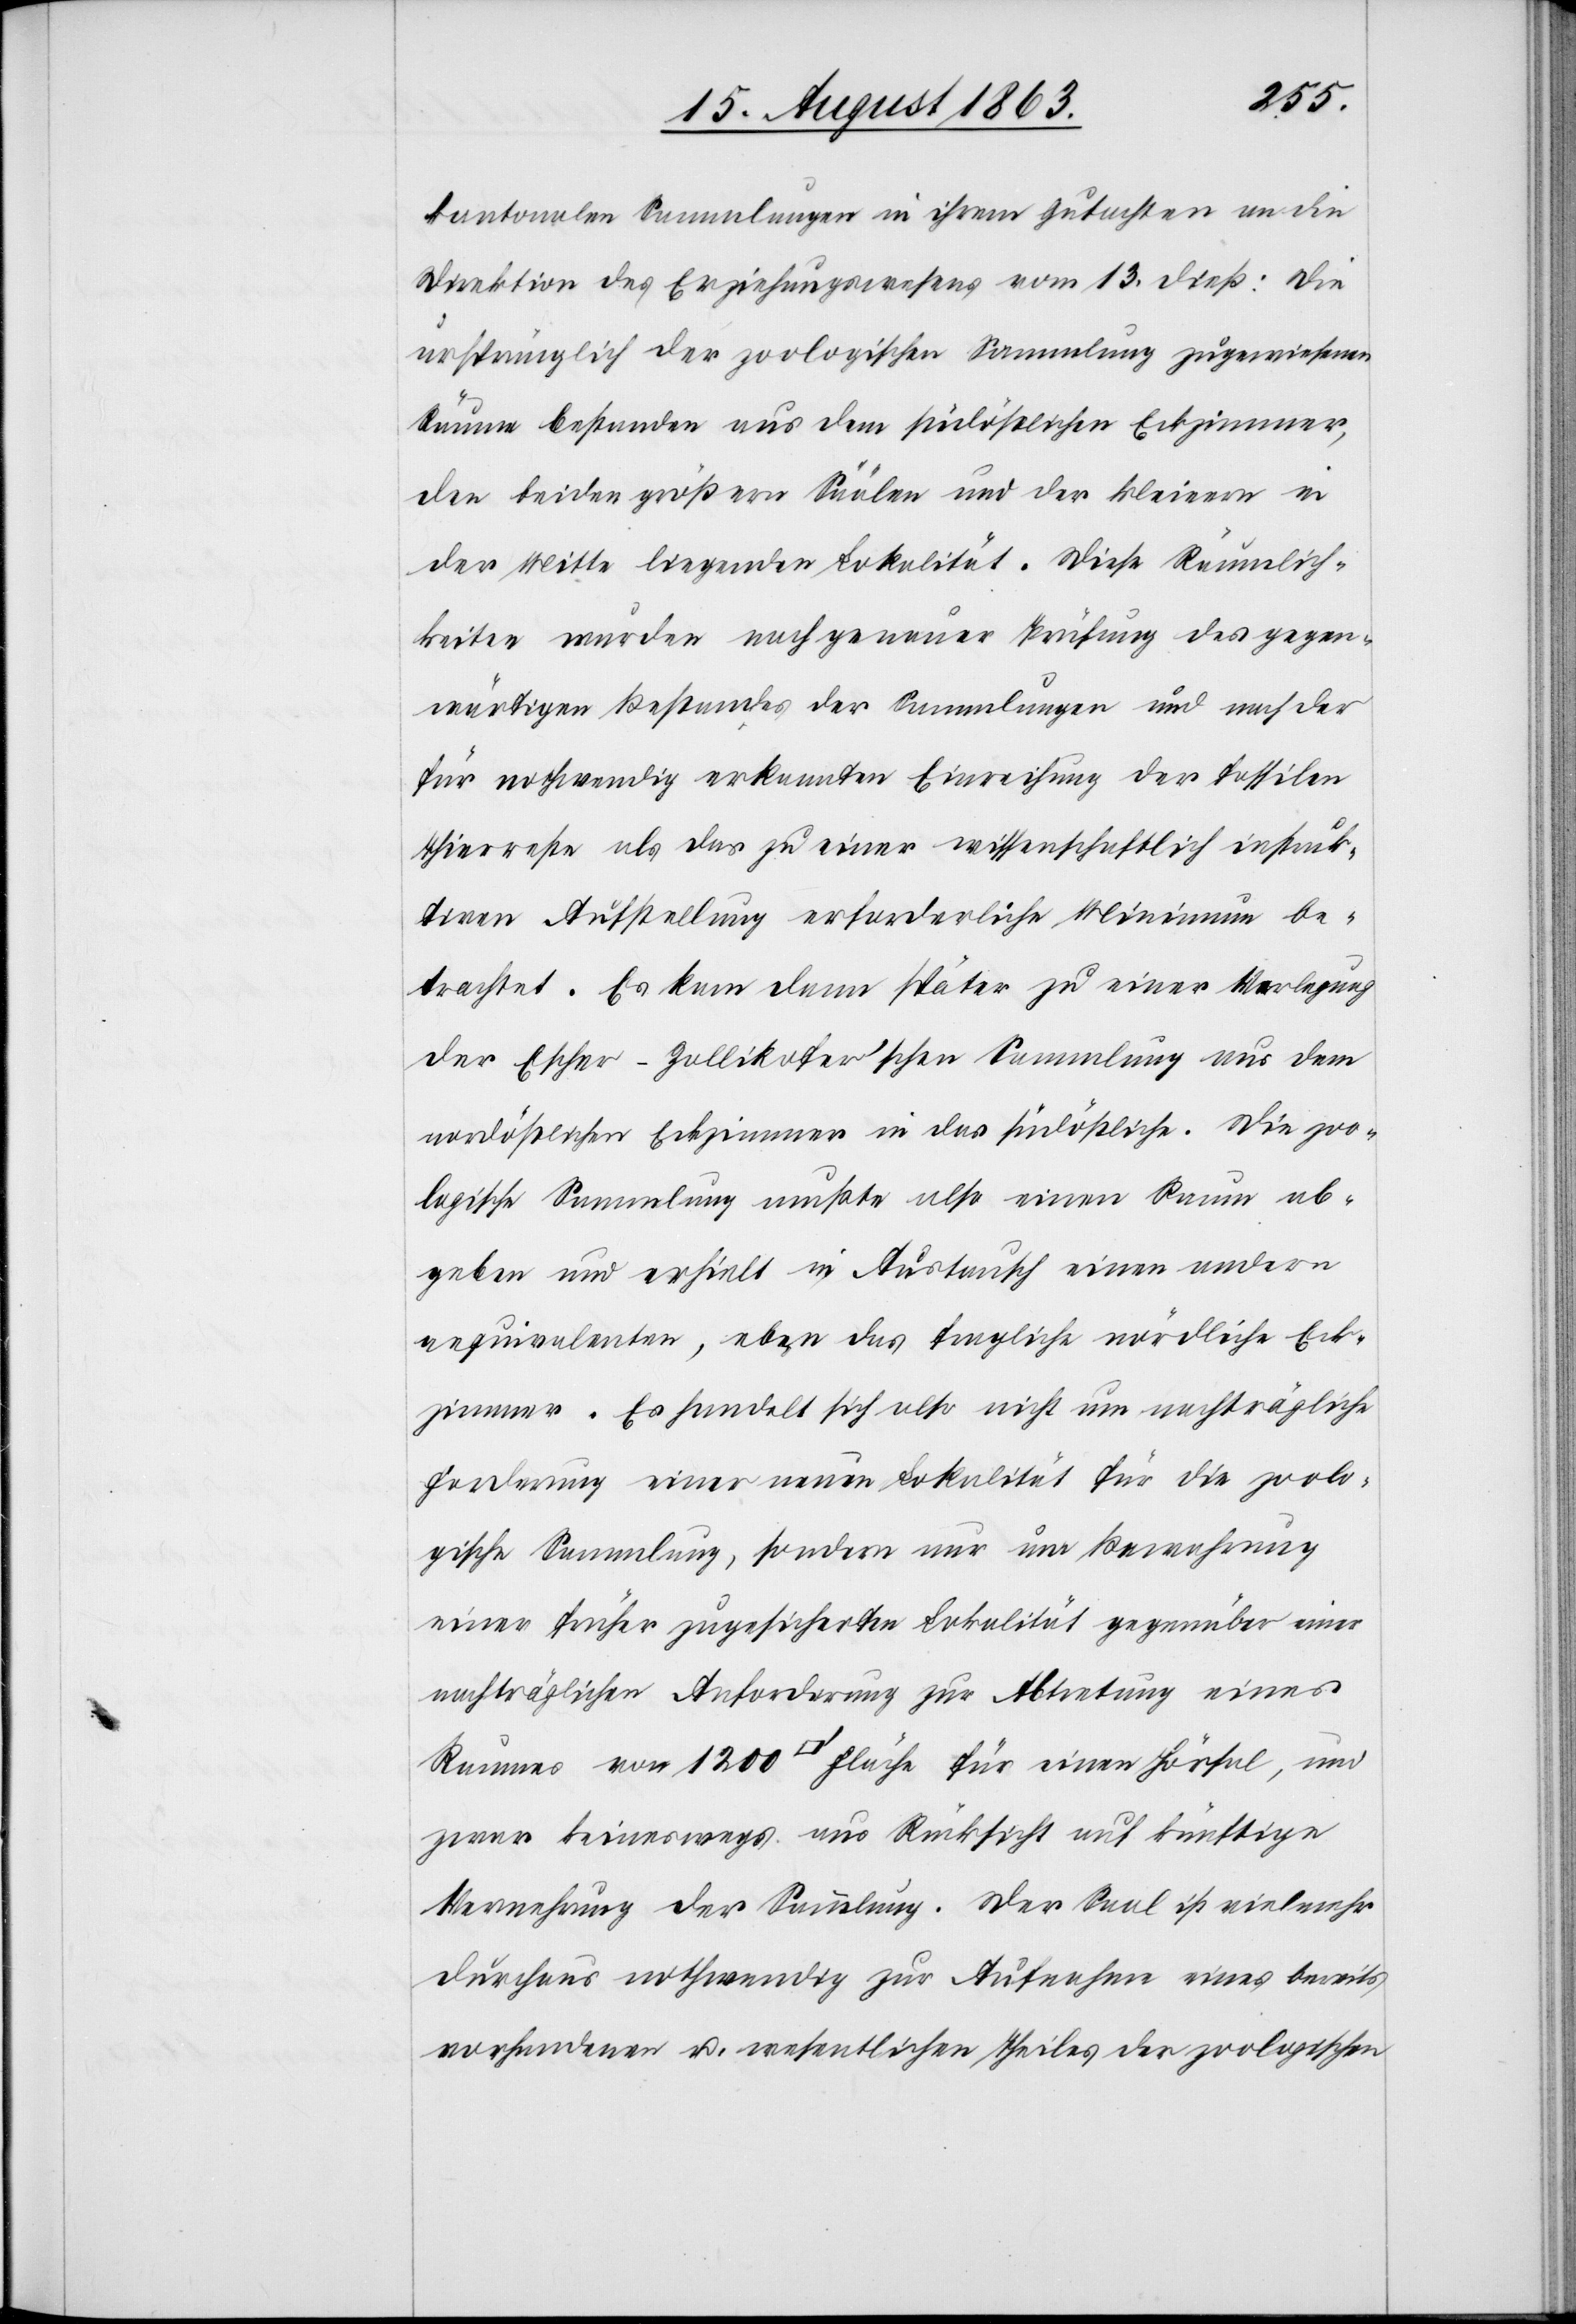
kantonalen Sammlungen in ihrem Gutachten an die
Direktion des Erziehungswesens vom 13. dieß: Die
ursprünglich der zoologischen Sammlung zugewiesenen
Räume bestanden aus dem südöstlichen Eckzimmer,
den beiden größern Säälen und der kleinern in
der Mitte liegenden Lokalität. Diese Räumlich¬
keiten wurden nach genauer Prüfung des gegen¬
wärtigen Bestandes der Sammlungen und nach der
für nothwendig erkannten Einreichung der fossilen
Thierreste als das zu einer wissenschaftlich instruk¬
tiven Aufstellung erforderliche Minimum be¬
trachtet. Es kam dann später zu einer Verlegung
der Escher-Zollikofer'schen Sammlung aus dem
nordöstlichen Eckzimmer in das südöstliche. Die zoo¬
logische Sammlung mußte also einen Raum ab¬
geben und erhielt in Austausch einen andern
aequivalenten, eben das fragliche nördliche Eck¬
zimmer. Es handelt sich also nicht um nachträgliche
Forderung einer neuen Lokalität für die zoolo¬
gische Sammlung, sondern nur um Bewahrung
einer früher zugesicherten Lokalität gegenüber einer
nachträglichen Anforderung zur Abtretung eines
Raumes von 1200 [Quadratfuss] Fläche für einen Hörsal, und
zwar keineswegs aus Rücksicht auf künftige
Vermehrung der Sammlung. Der Saal ist vielmehr
durchaus nothwendig zur Aufnahme eines bereits
vorhandenen u. wesentlichen Theiles der zoologischen